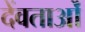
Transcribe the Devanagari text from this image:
देंवताओं